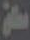
مطلق